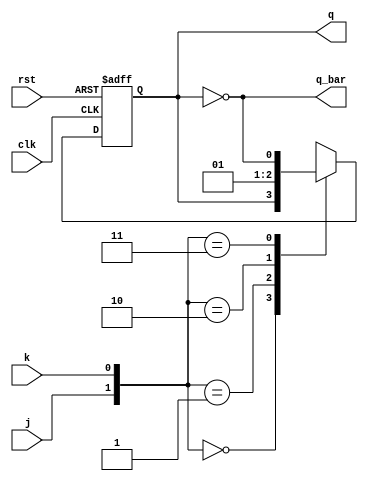
module jk_ff(input j,k,clk,rst, output reg q, output q_bar);
always@(posedge clk or negedge rst)
begin
if(!rst) q<=0;
else
begin
case({j,k})
 2'b00:
	q<=q;
 2'b01:
	q<=0;
 2'b10:
	q<=1;
 2'b11:
	q<=~q;
endcase
end
end
assign q_bar=~q;

endmodule